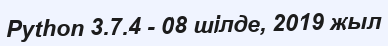
Python 3.7.4 - 08 шілде, 2019 жыл